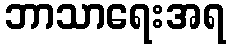
ဘာသာရေးအရ